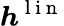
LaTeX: \boldsymbol{h}^{\mathrm{~l~i~n~}}